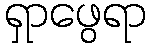
ရှာဖွေရာ